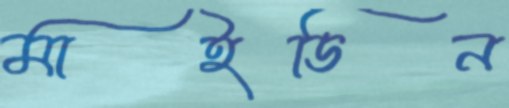
মাইডিন